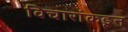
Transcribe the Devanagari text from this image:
विचारांकडून